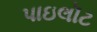
પાઇલૉટ